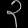
Digit: ၃